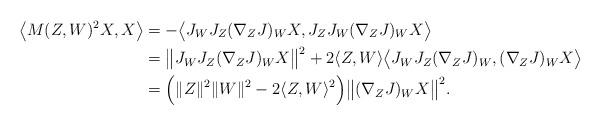
\begin{align*}\big{\langle} M(Z,W)^2X,X \big{\rangle} &= - \big{\langle} J_WJ_Z(\nabla_Z J)_WX, J_ZJ_W(\nabla_ZJ)_WX \big{\rangle}\\&= \big{\|} J_W J_Z( \nabla_ZJ)_WX\big{\|}^2+2\langle Z,W \rangle \big{\langle} J_W J_Z (\nabla_ZJ)_W, (\nabla_ZJ)_WX \big{\rangle}\\&= \Big{(} \|Z\|^2\|W\|^2-2\langle Z,W \rangle^2 \Big{)} \big{\|} (\nabla_ZJ)_WX\big{\|}^2. \end{align*}